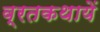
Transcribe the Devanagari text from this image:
व्रतकथायें